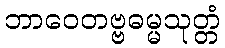
ဘာဝေတဗ္ဗဓမ္မသုတ္တံ